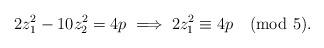
LaTeX: \begin{align*} 2z_{1}^{2} - 10 z_{2}^{2} = 4p \implies 2z_{1}^{2} \equiv 4p \pmod 5.\end{align*}